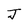
Character: J